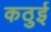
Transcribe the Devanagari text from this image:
कठुई